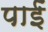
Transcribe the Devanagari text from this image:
पाईंं